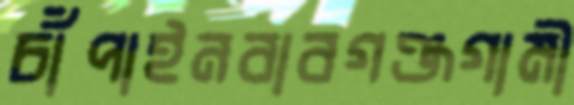
চাঁপাইনবাবগঞ্জগামী